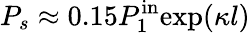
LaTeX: P_{s}\approx 0.15P_{1}^{\mathrm{in}}\mathrm{exp}(\kappa l)